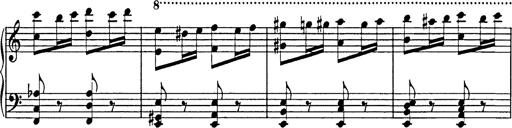
Title: Galop in A minor
Composer: Franz Liszt
Key: A minor